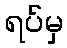
ရပ်မှ